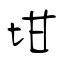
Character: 坩